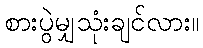
စားပွဲမျှသုံးချင်လား။